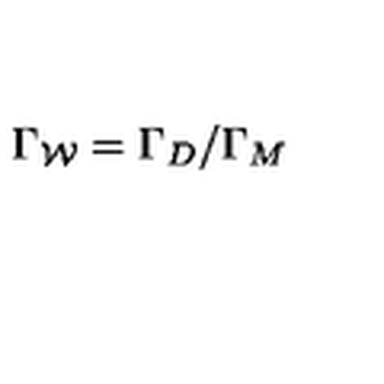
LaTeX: \Gamma _ { \cal W } = \Gamma _ { D } / \Gamma _ { M }